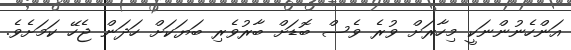
އަންހެނުންނަކީ މިހާރަށް ވުރެ ވެސް ބޮޑަށް ބާރުވެރި ބަޔަކަށް ހަދަން ޖެހޭ ކަމަށެވެ.